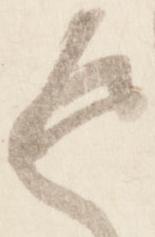
返